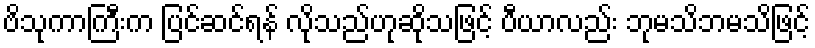
ဗိသုကာကြီးက ပြင်ဆင်ရန် လိုသည်ဟုဆိုသဖြင့် ပီယာလည်း ဘုမသိဘမသိဖြင့်